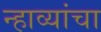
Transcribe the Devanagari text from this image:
न्हाव्यांचा